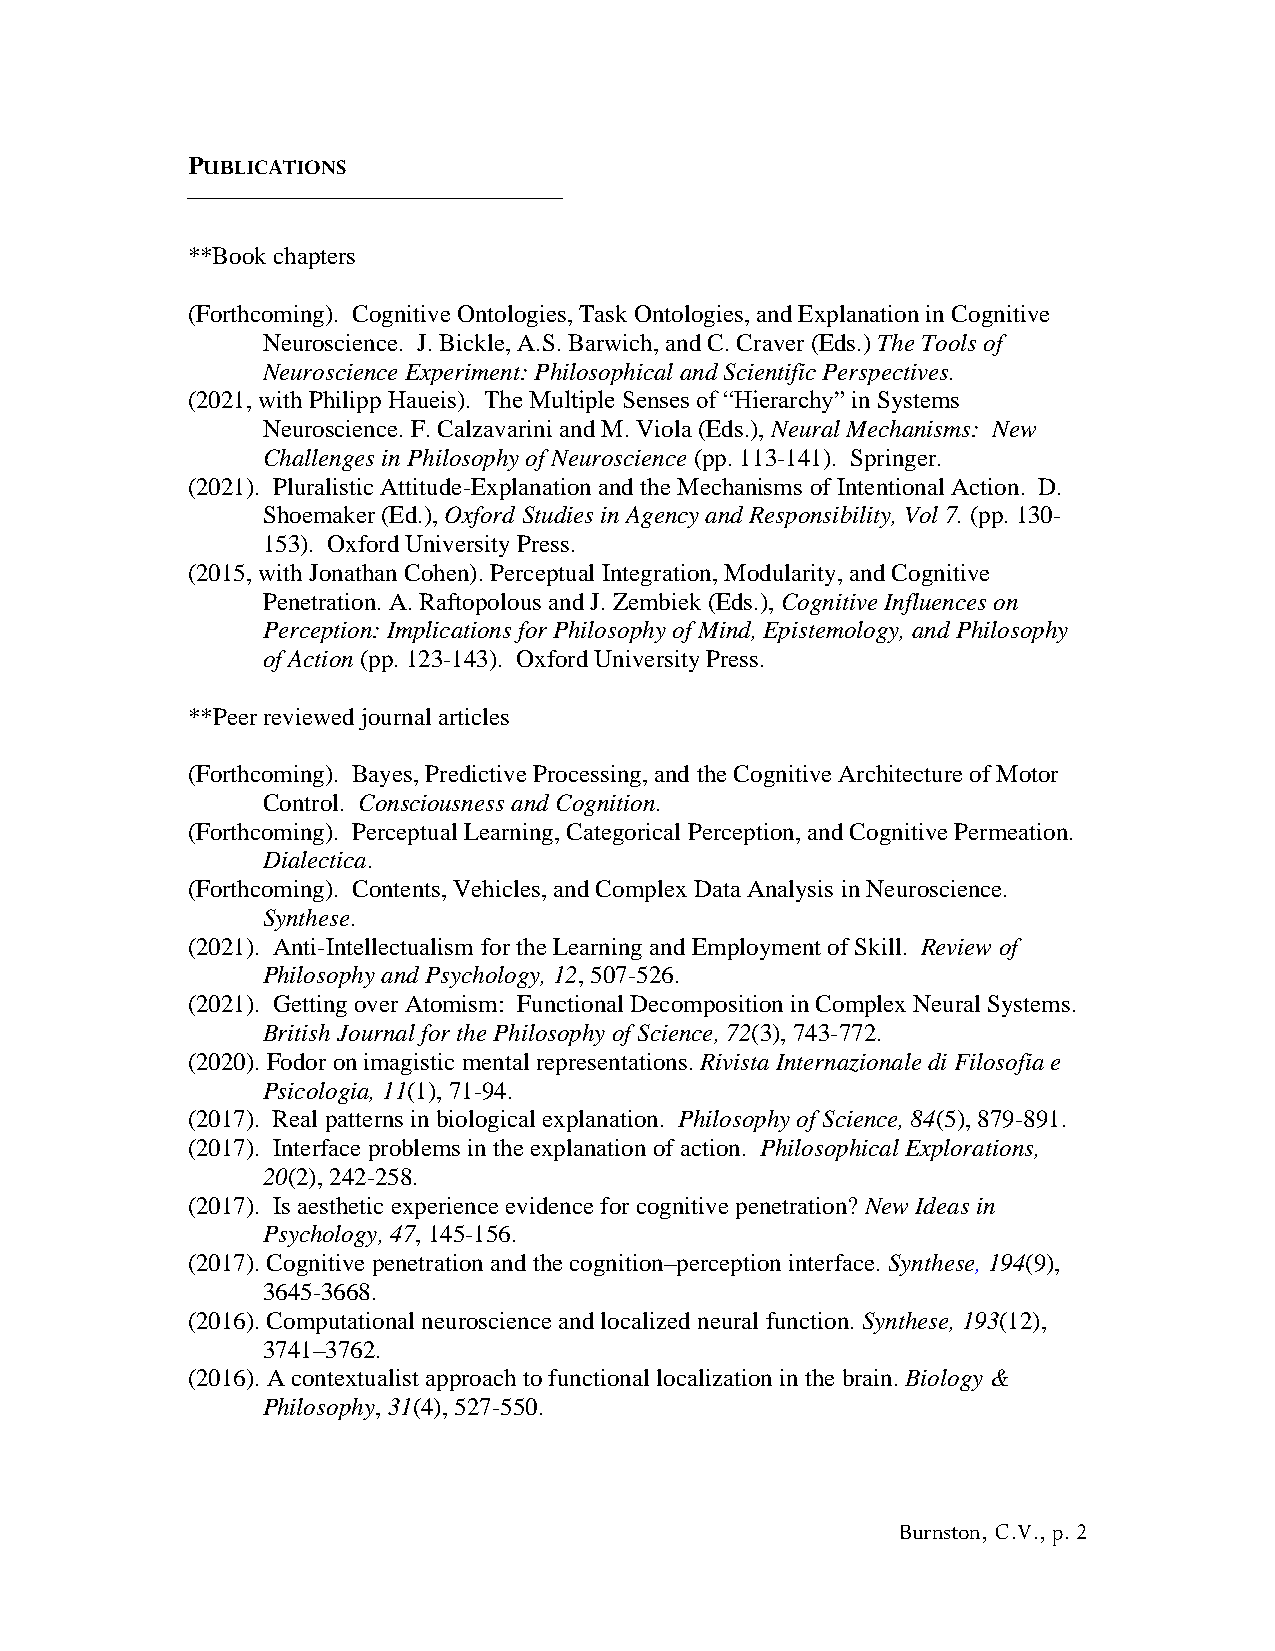
PUBLICATIONS
 **Book chapters
 (Forthcoming). Cognitive Ontologies, Task Ontologies, and Explanation in Cognitive
 Neuroscience. J. Bickle, A.S. Barwich, and C. Craver (Eds.) The Tools of
 Neuroscience Experiment: Philosophical and Scientific Perspectives.
 (2021, with Philipp Haueis). The Multiple Senses of “Hierarchy” in Systems
 Neuroscience. F. Calzavarini and M. Viola (Eds.), Neural Mechanisms: New
 Challenges in Philosophy of Neuroscience (pp. 113-141). Springer.
 (2021). Pluralistic Attitude-Explanation and the Mechanisms of Intentional Action. D.
 Shoemaker (Ed.), Oxford Studies in Agency and Responsibility, Vol 7. (pp. 130-
 153). Oxford University Press.
 (2015, with Jonathan Cohen). Perceptual Integration, Modularity, and Cognitive
 Penetration. A. Raftopolous and J. Zembiek (Eds.), Cognitive Influences on
 Perception: Implications for Philosophy of Mind, Epistemology, and Philosophy
 of Action (pp. 123-143). Oxford University Press.
 **Peer reviewed journal articles
 (Forthcoming). Bayes, Predictive Processing, and the Cognitive Architecture of Motor
 Control. Consciousness and Cognition.
 (Forthcoming). Perceptual Learning, Categorical Perception, and Cognitive Permeation.
 Dialectica.
 (Forthcoming). Contents, Vehicles, and Complex Data Analysis in Neuroscience.
 Synthese.
 (2021). Anti-Intellectualism for the Learning and Employment of Skill. Review of
 Philosophy and Psychology, 12, 507-526.
 (2021). Getting over Atomism: Functional Decomposition in Complex Neural Systems.
 British Journal for the Philosophy of Science, 72(3), 743-772.
 (2020). Fodor on imagistic mental representations. Rivista Internazionale di Filosofia e
 Psicologia, 11(1), 71-94.
 (2017). Real patterns in biological explanation. Philosophy of Science, 84(5), 879-891.
 (2017). Interface problems in the explanation of action. Philosophical Explorations,
 20(2), 242-258.
 (2017). Is aesthetic experience evidence for cognitive penetration? New Ideas in
 Psychology, 47, 145-156.
 (2017). Cognitive penetration and the cognition–perception interface. Synthese, 194(9),
 3645-3668.
 (2016). Computational neuroscience and localized neural function. Synthese, 193(12),
 3741–3762.
 (2016). A contextualist approach to functional localization in the brain. Biology &
 Philosophy, 31(4), 527-550.
 Burnston, C.V., p. 2